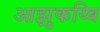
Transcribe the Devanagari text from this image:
आझुकय्बि